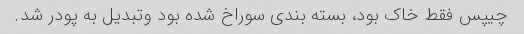
چیپس فقط خاک بود، بسته بندی سوراخ شده بود و‌تبدیل به پودر شد.